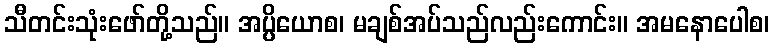
သီတင်းသုံးဖော်တို့သည်။ အပ္ပိယောစ၊ မချစ်အပ်သည်လည်းကောင်း။ အမနောပေါစ၊